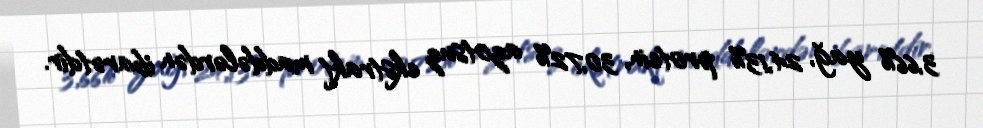
3,66% yağ, 24,13% protein, 30,72% azotsuz ekstrakt maddələrdən ibarətdir.